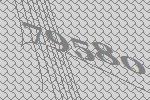
79580